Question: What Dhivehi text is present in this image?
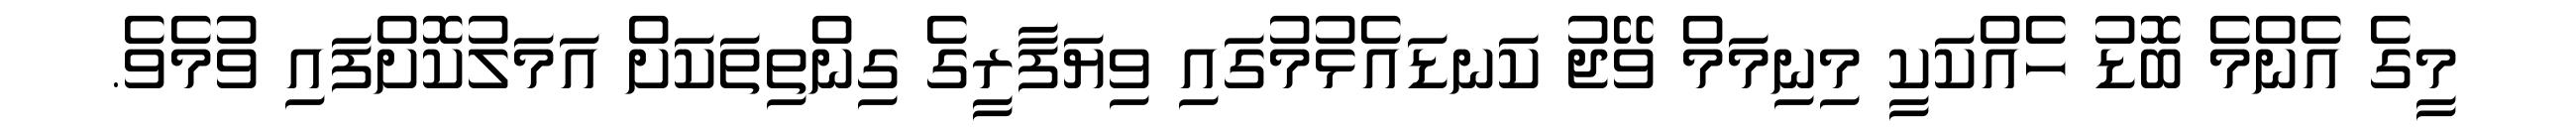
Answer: މީގެ އެންމެ ބޮޑު ހެއްކަކީ މިނިމަމް ވޭޖު ކަނޑައެޅުމުގައި ވިޔަފާރީގެ ގިންތިތަކަށް އަމަލުކޮށްފައި ވުމެވެ.